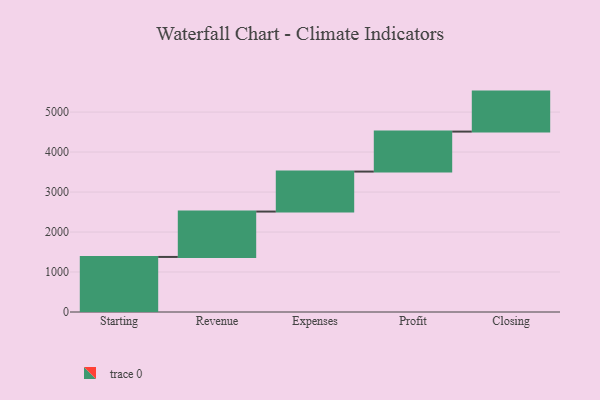
{"axis": {"x": "Step", "y": "Value"}, "legend": [""], "data": [{"x": "Starting", "y": 1377.0, "type": ""}, {"x": "Revenue", "y": 1135.0, "type": ""}, {"x": "Expenses", "y": 1000, "type": ""}, {"x": "Profit", "y": 1000, "type": ""}, {"x": "Closing", "y": 1000, "type": ""}]}